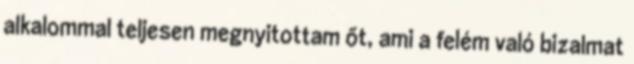
alkalommal teljesen megnyitottam őt, ami a felém való bizalmat